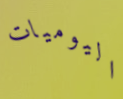
اليوميات